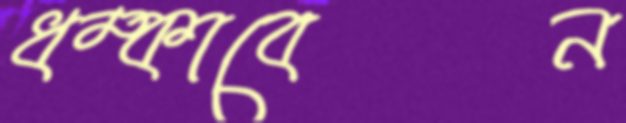
ধম্‌কাবেন